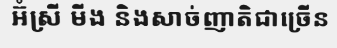
អ៊ំស្រី មីង និងសាច់ញាតិជាច្រើន